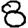
Digit: 8